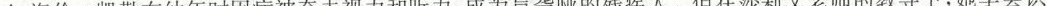
A.海伦\cdot 凯勒在幼年时因病被夺去视力和听力，成为盲聋哑的残疾人。但在莎莉文老师的教导下，她学会识